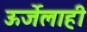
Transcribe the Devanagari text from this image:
ऊर्जेलाही